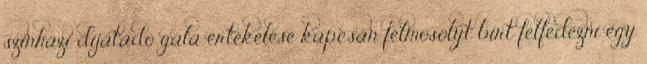
színházi díjátadó gála értékelése kapcsán félmosolyt bírt felfedezni egy